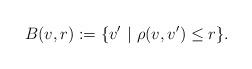
LaTeX: \begin{align*}B(v,r) := \{v'\ |\ \rho(v,v') \leq r\}.\end{align*}